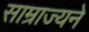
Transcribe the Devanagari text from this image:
साम्राज्यने